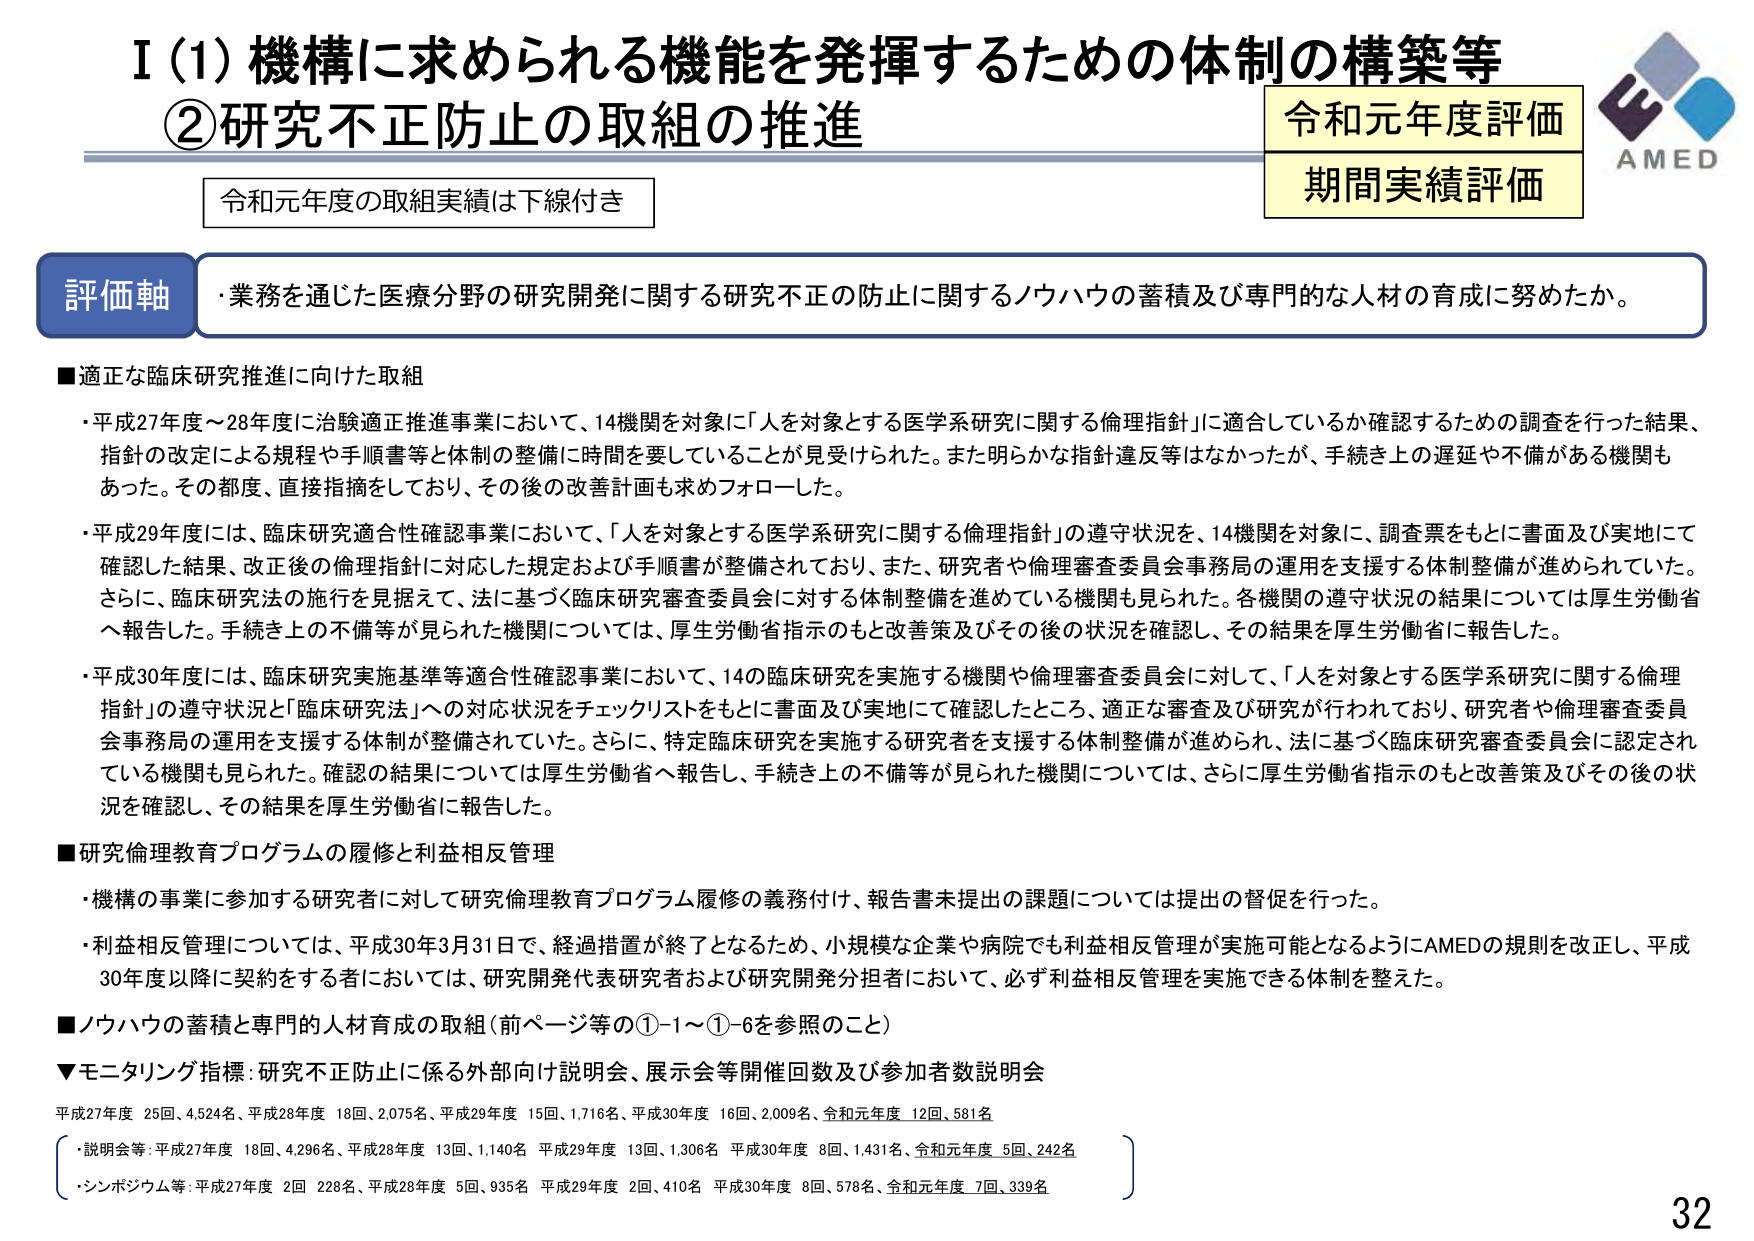
I（1）機構に求められる機能を発揮するための体制の構築等
②研究不正防止の取組の推進

令和元年度評価
期間実績評価

AMED

令和元年度の取組実績は下線付き

評価軸
・業務を通じた医療分野の研究開発に関する研究不正の防止に関するノウハウの蓄積及び専門的な人材の育成に努めたか。

■適正な臨床研究推進に向けた取組
・平成27年度～28年度に治験適正推進事業において、14機関を対象に「人を対象とする医学系研究に関する倫理指針」に適合しているか確認するための調査を行った結果、指針の改定による規程や手順書等と体制の整備に時間を要していることが見受けられた。また明らかな指針違反等はなかったが、手続き上の遅延や不備がある機関もあった。その都度、直接指摘をしており、その後の改善計画も求めフォローした。
・平成29年度には、臨床研究適合性確認事業において、「人を対象とする医学系研究に関する倫理指針」の遵守状況を、14機関を対象に、調査票をもとに書面及び実地にて確認した結果、改正後の倫理指針に対応した規定および手順書が整備されており、また、研究者や倫理審査委員会事務局の運用を支援する体制整備が進められていた。さらに、臨床研究法の施行を見据えて、法に基づく臨床研究審査委員会に対する体制整備を進めている機関も見られた。各機関の遵守状況の結果については厚生労働省へ報告した。手続き上の不備等が見られた機関については、厚生労働省指示のもと改善策及びその後の状況を確認し、その結果を厚生労働省に報告した。
・平成30年度には、臨床研究実施基準等適合性確認事業において、14の臨床研究を実施する機関や倫理審査委員会に対して、「人を対象とする医学系研究に関する倫理指針」の遵守状況と「臨床研究法」への対応状況をチェックリストをもとに書面及び実地にて確認したところ、適正な審査及び研究が行われており、研究者や倫理審査委員会事務局の運用を支援する体制が整備されていた。さらに、特定臨床研究を実施する研究者を支援する体制整備が進められ、法に基づく臨床研究審査委員会に認定されている機関も見られた。確認の結果については厚生労働省へ報告し、手続き上の不備等が見られた機関については、さらに厚生労働省指示のもと改善策及びその後の状況を確認し、その結果を厚生労働省に報告した。

■研究倫理教育プログラムの履修と利益相反管理
・機構の事業に参加する研究者に対して研究倫理教育プログラム履修の義務付け、報告書未提出の課題については提出の督促を行った。
・利益相反管理については、平成30年3月31日で、経過措置が終了となるため、小規模な企業や病院でも利益相反管理が実施可能となるようにAMEDの規則を改正し、平成30年度以降に契約をする者においては、研究開発代表研究者および研究開発分担者において、必ず利益相反管理を実施できる体制を整えた。

■ノウハウの蓄積と専門的人材育成の取組（前ページ等の①-1～①-6を参照のこと）
▼モニタリング指標：研究不正防止に係る外部向け説明会、展示会等開催回数及び参加者数説明会
平成27年度 25回、4,524名、平成28年度 18回、2,075名、平成29年度 15回、1,716名、平成30年度 16回、2,009名、令和元年度 12回、581名
・説明会等：平成27年度 18回、4,296名、平成28年度 13回、1,140名 平成29年度 13回、1,306名 平成30年度 8回、1,431名、令和元年度 5回、242名
・シンポジウム等：平成27年度 2回 228名、平成28年度 5回、935名 平成29年度 2回、410名 平成30年度 8回、578名、令和元年度 7回、339名

32